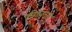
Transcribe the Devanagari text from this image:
की।बदले